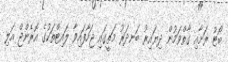
ބޯޓު ރަށާއި ގާތްވަމުން ދިޔައިރު ބަނދަރު މަތީގައި ޖަހާފައިވާ ލައިޓްތަކުގެ އޮރެންޖް އަލި